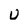
Character: u